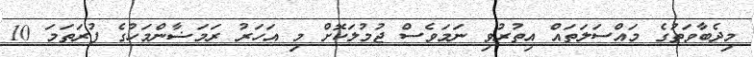
މިދެބާވަތުގެ މައްސަލަތައް އިތުރުވި ނަމަވެސް ޖުމުލަކޮށް މި އަހަރު ރަމަޟާންމަހުގެ ފުރަތަމަ 10